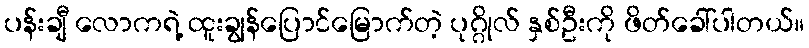
ပန်းချီ လောကရဲ့ ထူးချွန်ပြောင်မြောက်တဲ့ ပုဂ္ဂိုလ် နှစ်ဦးကို ဖိတ်ခေါ်ပါတယ်။